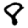
Digit: 8